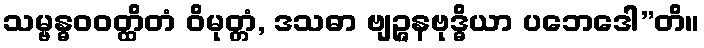
သမ္ဗန္ဓဝဝတ္ထိတံ ဝိမုတ္တံ, ဒသဓာ ဗျဉ္ဇနဗုဒ္ဓိယာ ပဘေဒေါ”တိ။